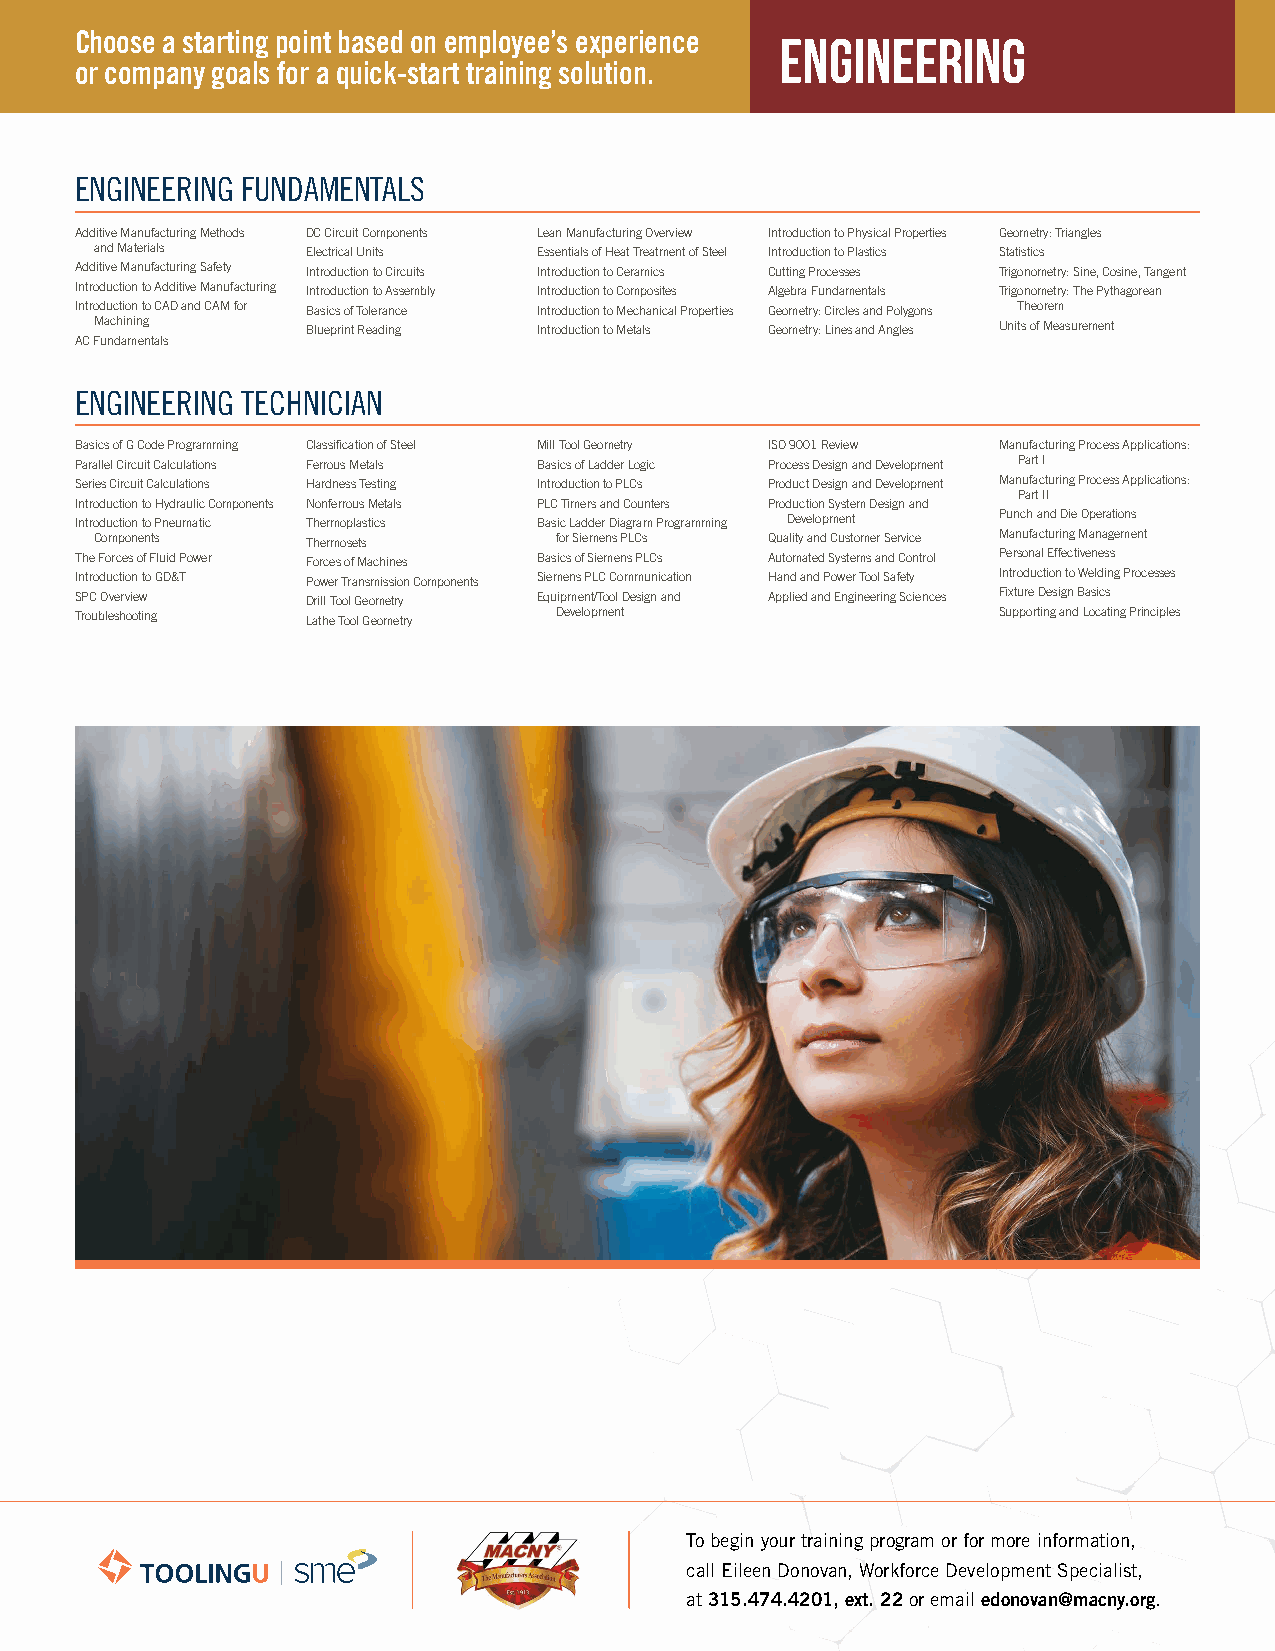
Choose a starting point based on employee’s experience ENGINEERING
 or company goals for a quick-start training solution.
 ENGINEERING FUNDAMENTALS
 Additive Manufacturing Methods DC Circuit Components Lean Manufacturing Overview Introduction to Physical Properties Geometry: Triangles
 and Materials Electrical Units Essentials of Heat Treatment of Steel Introduction to Plastics Statistics
 Additive Manufacturing Safety Introduction to Circuits Introduction to Ceramics Cutting Processes Trigonometry: Sine, Cosine, Tangent
 Introduction to Additive Manufacturing Introduction to Assembly Introduction to Composites Algebra Fundamentals Trigonometry: The Pythagorean
 Introduction to CAD and CAM for Basics of Tolerance Introduction to Mechanical Properties Geometry: Circles and Polygons Theorem
 Machining     Blueprint Reading Introduction to Metals Geometry: Lines and Angles Units of Measurement
 AC Fundamentals
 ENGINEERING TECHNICIAN
 Basics of G Code Programming Classification of Steel Mill Tool Geometry ISO 9001 Review Manufacturing Process Applications:
 Parallel Circuit Calculations Ferrous Metals Basics of Ladder Logic Process Design and Development Part I
 Series Circuit Calculations Hardness Testing Introduction to PLCs Product Design and Development Manufacturing Process Applications:
 Part II
 Introduction to Hydraulic Components Nonferrous Metals PLC Timers and Counters Production System Design and
 Introduction to Pneumatic Thermoplastics Basic Ladder Diagram Programming Development Punch and Die Operations
 Components    Thermosets       for Siemens PLCs Quality and Customer Service Manufacturing Management
 The Forces of Fluid Power Forces of Machines Basics of Siemens PLCs Automated Systems and Control Personal Effectiveness
 Introduction to GD&T Power Transmission Components Siemens PLC Communication Hand and Power Tool Safety Introduction to Welding Processes
 SPC Overview   Drill Tool Geometry Equipment/Tool Design and Applied and Engineering Sciences Fixture Design Basics
 Troubleshooting Lathe Tool Geometry Development              Supporting and Locating Principles
 To begin your training program or for more information,
 call Eileen Donovan, Workforce Development Specialist,
 at 315.474.4201, ext. 22 or email edonovan@macny.org.